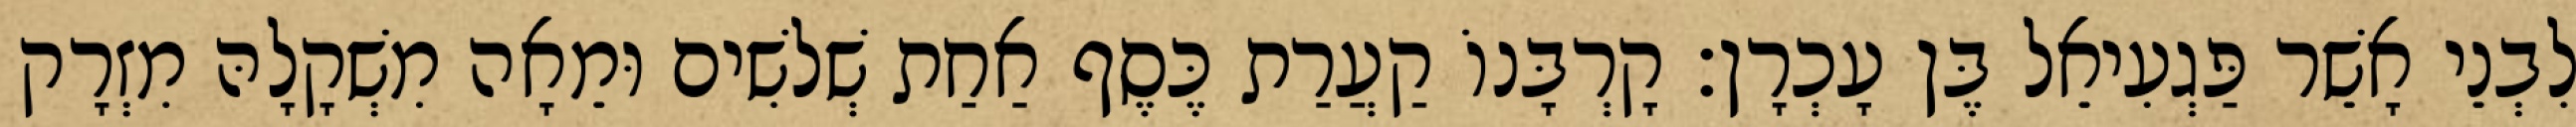
לִבְנֵי אָשֵׁר פַּגְעִיאֵל בֶּן עָכְרָן׃ קָרְבָּנוֹ קַעֲרַת כֶּסֶף אַחַת שְׁלשִׁים וּמֵאָה מִשְׁקָלָהּ מִזְרָק